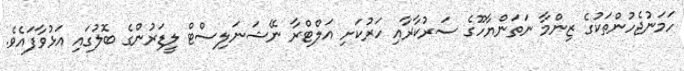
ހަމަނުޖެހުންތަކުގެ ޒިންމާ ނަތަންޔާހޫގެ ސަރުކާރާއި ހަރުކަށި އަލްޓްރާ ނޭޝަނަލިސްޓް ލީޑަރުންގެ ބޮލުގައި އަޅުވާފައެވެ.